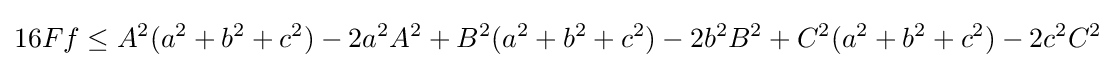
16Ff\leq A^{2}(a^{2}+b^{2}+c^{2})-2a^{2}A^{2}+B^{2}(a^{2}+b^{2}+c^{2})-2b^{2}B^{2}+C^{2}(a^{2}+b^{2}+c^{2})-2c^{2}C^{2}